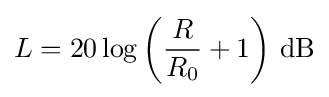
L=20\log \left({\frac {R}{R_{0}}}+1\right)\,{\text{dB}}